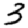
Digit: 3